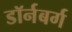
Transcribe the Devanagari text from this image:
डॉर्नबर्ग